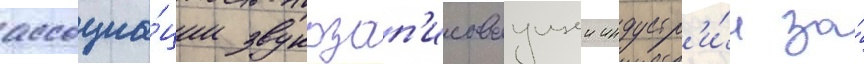
ассоциа́ции звукозап'исываущеи индустр'и́и за́